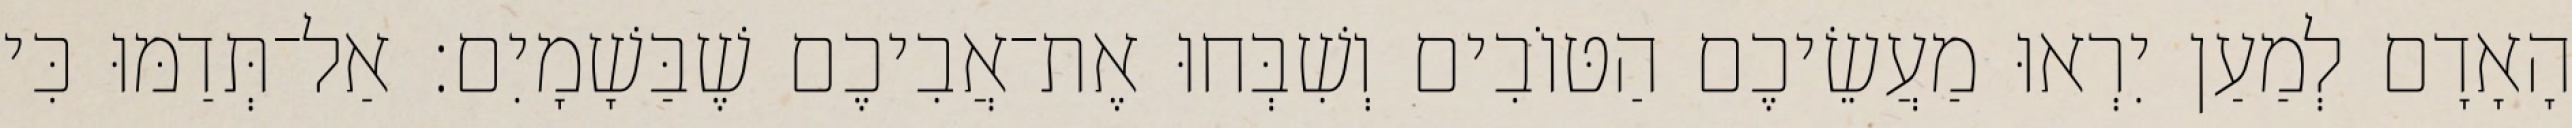
הָאָדָם לְמַעַן יִרְאוּ מַעֲשֵׂיכֶם הַטּוֹבִים וְשִׁבְּחוּ אֶת־אֲבִיכֶם שֶׁבַּשָׁמָיִם׃ אַל־תְּדַמּוּ כִּי